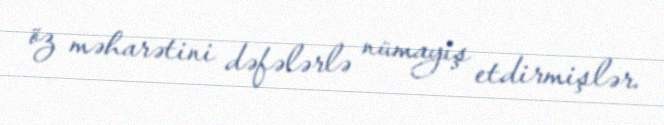
öz məharətini dəfələrlə nümayiş etdirmişlər.